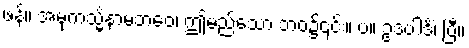
ဖန်။ အမုကသ္မိံနာမဘဝေ၊ ဤမည်သော ဘဝ၌၎င်း။ ပ။ ဥဒပါဒိံ၊ ပြီ။